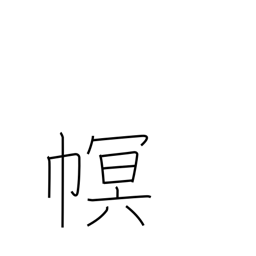
Meaning: cloth covering